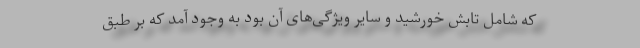
که شامل تابش خورشید و سایر ویژگی‌های آن بود به وجود آمد که بر طبق